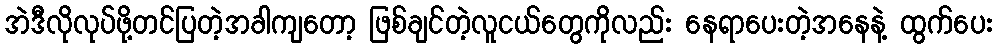
အဲဒီလိုလုပ်ဖို့တင်ပြတဲ့အခါကျတော့ ဖြစ်ချင်တဲ့လူငယ်တွေကိုလည်း နေရာပေးတဲ့အနေနဲ့ ထွက်ပေး